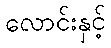
လောင်းနှင့်